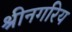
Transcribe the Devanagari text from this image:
श्रीनगरिय